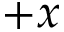
+ x